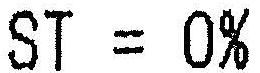
ST = 0%